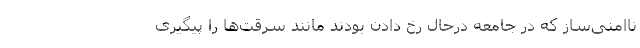
ناامنی‌ساز که در جامعه درحال رخ دادن بودند مانند سرقت‌ها را پیگیری